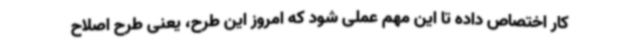
کار اختصاص داده تا این مهم عملی شود که امروز این طرح، یعنی طرح اصلاح